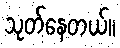
သုတ်နေတယ်။